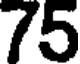
75